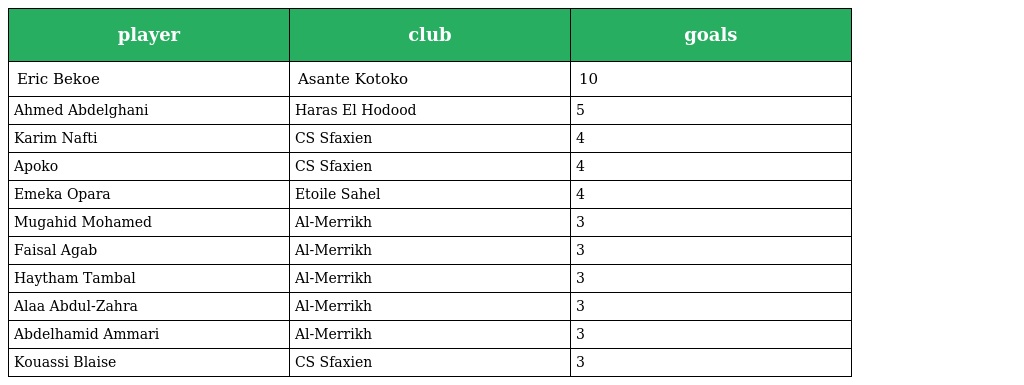
| player | club | goals |
 | --- | --- | --- |
 | Eric Bekoe | Asante Kotoko | 10 |
 | Ahmed Abdelghani | Haras El Hodood | 5 |
 | Karim Nafti | CS Sfaxien | 4 |
 | Apoko | CS Sfaxien | 4 |
 | Emeka Opara | Etoile Sahel | 4 |
 | Mugahid Mohamed | Al-Merrikh | 3 |
 | Faisal Agab | Al-Merrikh | 3 |
 | Haytham Tambal | Al-Merrikh | 3 |
 | Alaa Abdul-Zahra | Al-Merrikh | 3 |
 | Abdelhamid Ammari | Al-Merrikh | 3 |
 | Kouassi Blaise | CS Sfaxien | 3 |